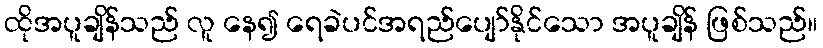
ထိုအပူချိန်သည် လူ နေ၍ ရေခဲပင်အရည်ပျော်နိုင်သော အပူချိန် ဖြစ်သည်။